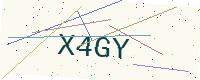
Text: X4GY